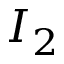
I _ { 2 }